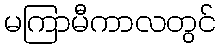
မကြာမီကာလတွင်